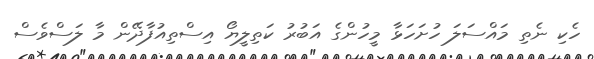
ހެކި ނެތި މައްސަލަ ހުށަހަޅާ މީހުންގެ އަބުރު ކަތިލީޔޯ އިސްތިއުފާދޭން މާ ލަސްވެސް